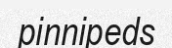
pinnipeds